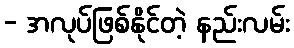
- အလုပ်ဖြစ်နိုင်တဲ့ နည်းလမ်း